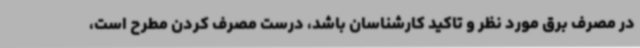
در مصرف برق مورد نظر و تاکید کارشناسان باشد، درست مصرف کردن مطرح است،